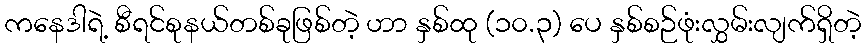
ကနေဒါရဲ့ စီရင်စုနယ်တစ်ခုဖြစ်တဲ့ ဟာ နှစ်ထု (၁၀.၃) ပေ နှစ်စဉ်ဖုံးလွှမ်းလျက်ရှိတဲ့